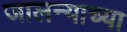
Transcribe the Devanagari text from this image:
जालन्याच्या